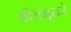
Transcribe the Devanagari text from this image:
श्रीशंभूराजे